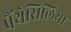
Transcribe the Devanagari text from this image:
पैंथेसिलिया